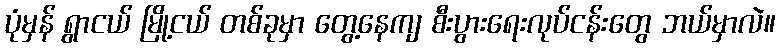
ပုံမှန် ရွာငယ် မြို့ငယ် တစ်ခုမှာ တွေ့နေကျ စီးပွားရေးလုပ်ငန်းတွေ ဘယ်မှာလဲ။